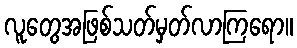
လူတွေအဖြစ်သတ်မှတ်လာကြရော။